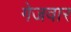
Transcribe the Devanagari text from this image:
गेजवार